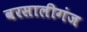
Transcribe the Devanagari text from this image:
वरसालीगंज